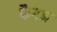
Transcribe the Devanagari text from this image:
फैगन